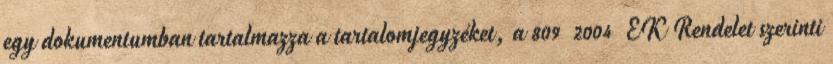
egy dokumentumban tartalmazza a tartalomjegyzéket, a 809 2004 EK Rendelet szerinti